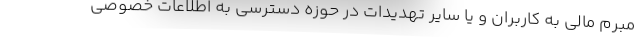
مبرم مالی به کاربران و یا سایر تهدیدات در حوزه دسترسی به اطلاعات خصوصی